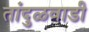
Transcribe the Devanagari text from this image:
तांदुळवाडी